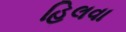
હિલવા